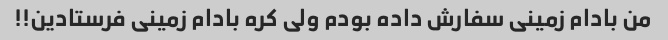
من بادام زمینی سفارش داده بودم ولی کره بادام زمینی فرستادین!!